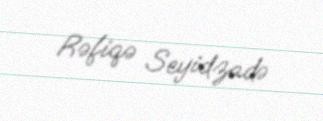
Rəfiqə Seyidzadə